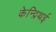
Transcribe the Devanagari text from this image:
केन्द्रिथई